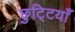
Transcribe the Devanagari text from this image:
छुटि्टयाँ